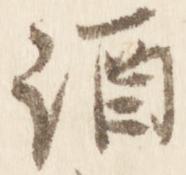
酒